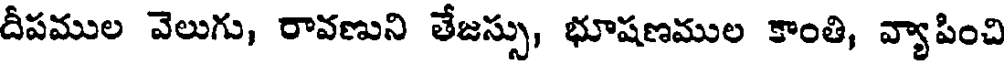
దీపముల వెలుగు, రావణుని తేజస్సు, భూషణముల కాంతి, వ్యాపించి